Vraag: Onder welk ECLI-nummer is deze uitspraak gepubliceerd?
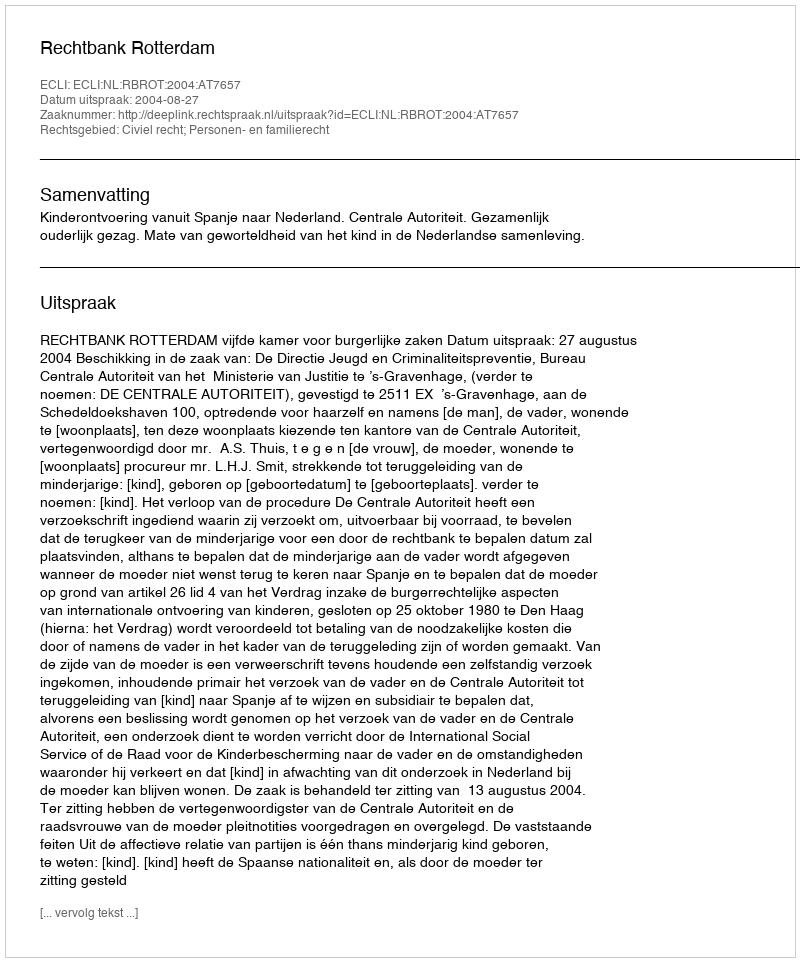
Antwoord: ECLI:NL:RBROT:2004:AT7657